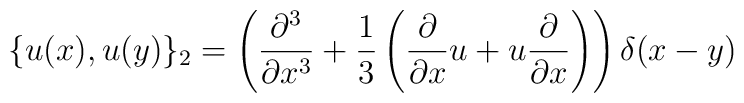
\{ u(x) , u(y) \}_{2} = \left({\partial^{3}\over \partial x^{3}} +{1\over 3} \left({\partial\over \partial x} u + u {\partial\over\partial x}\right)\right) \delta (x-y)